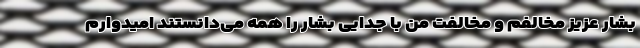
بشار عزیز مخالفم و مخالفت من با جدایی بشار را همه می‌دانستند امیدوارم